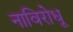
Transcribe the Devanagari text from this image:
नाविरोधू